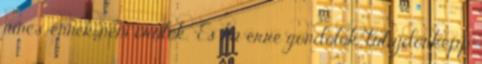
nincs. ennek nem örülök. "És ha erre gondolok, tulajdonképp